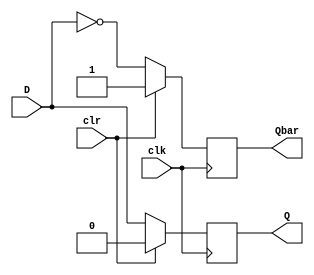
`timescale 1ns / 1ps
//////////////////////////////////////////////////////////////////////////////////
// Company: 
// Engineer: 
// 
// Design Name: 
// Module Name: DFlipFlopSC
// Project Name: 
// Target Devices: 
// Tool Versions: 
// Description: 
// 
// Dependencies: 
// 
// Revision:
// Revision 0.01 - File Created
// Additional Comments:
// 
//////////////////////////////////////////////////////////////////////////////////


module DFlipFlopSC(D,Q,clk,Qbar,clr);
input D,clk,clr;
output reg Q,Qbar;

always@(posedge clk)
begin
if(clr)
 begin
  Q=0;
  Qbar = 1;
 end
else
 begin
  Q=D;
  Qbar=~Q;
 end
end
endmodule